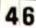
46